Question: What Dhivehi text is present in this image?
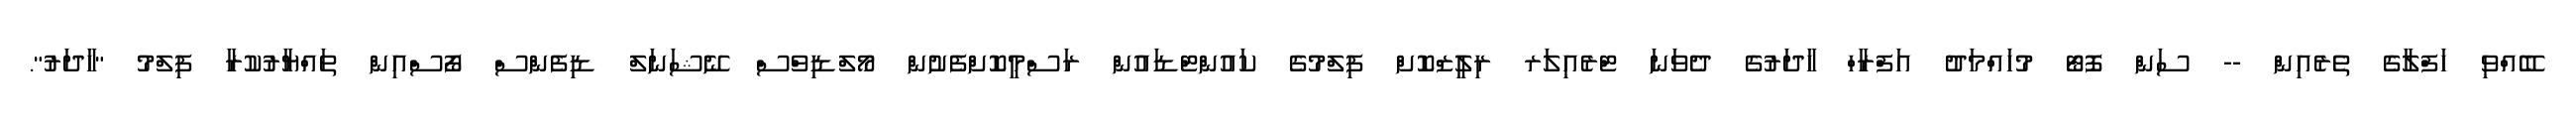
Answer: ބޭއްވި ހަފްލާގެ ތެރެއިން -- ސަން ފޮޓޯ މުހައްމަދު އަފްރާހް ހާދަރުގެ ދެވަނަ ޓްރެއިލަރ ރިލީޒްކޮށް ފިލްމުގެ ކައުންޓްޑައުން ރަސްމީކޮށްފެށުން މޯލްޑިވްސް ނޭޝަނަލް ޑިފެންސް ފޯސްއިން ތައްޔާރުކުރާ ފިލްމު "ހާދަރު".